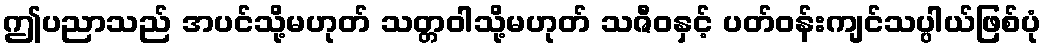
ဤပညာသည် အပင်သို့မဟုတ် သတ္တဝါသို့မဟုတ် သဇီဝနှင့် ပတ်ဝန်းကျင်သပ္ပါယ်ဖြစ်ပုံ